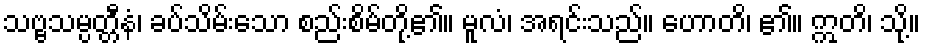
သဗ္ဗသမ္ပတ္တီနံ၊ ခပ်သိမ်းသော စည်းစိမ်တို့၏။ မူလံ၊ အရင်းသည်။ ဟောတိ၊ ၏။ ဣတိ၊ သို့။